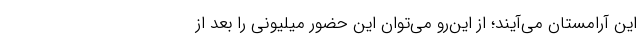
این آرامستان می‌آیند؛ از این‌رو می‌توان این حضور میلیونی را بعد از